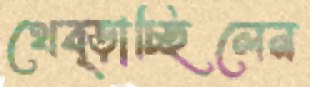
থেব্‌ড়াচ্ছিলেন